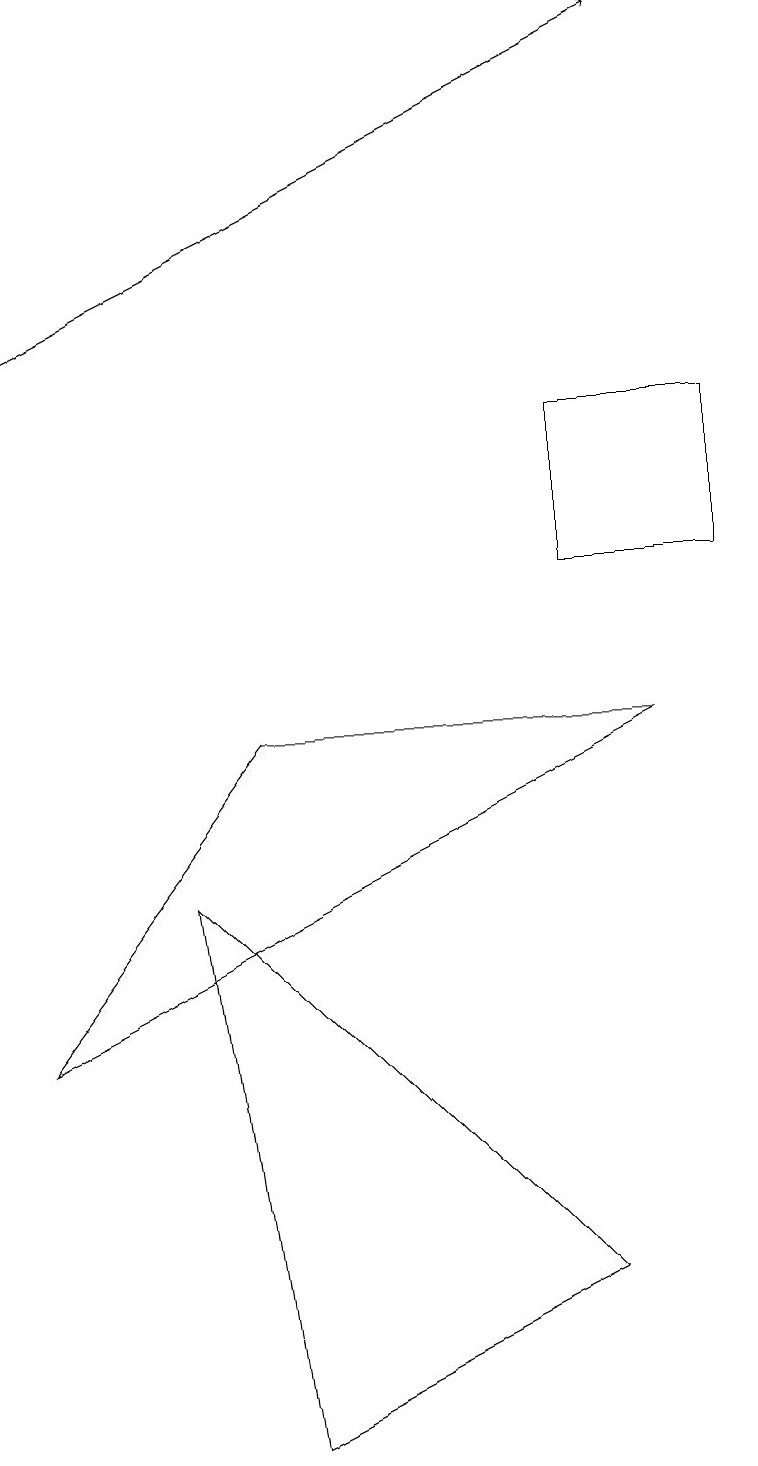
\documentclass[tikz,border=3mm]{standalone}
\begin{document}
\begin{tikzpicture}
\draw (2,7) -- (7,2) -- (3,0) -- cycle;
\draw (3,9) -- (0,5) -- (8,9) -- cycle;
\draw[->] (0,14) -- (8,18);
\draw (7,11) rectangle (9,13);
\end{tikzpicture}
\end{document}